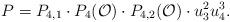
LaTeX: \begin{align*} P=P_{4,1} \cdot P_4(\mathcal{O}) \cdot P_{4,2} (\mathcal{O}) \cdot u_3^2u_4^3. \end{align*}